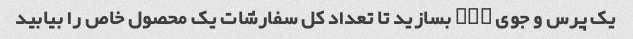
یک پرس و جوی SQL بسازید تا تعداد کل سفارشات یک محصول خاص را بیابید